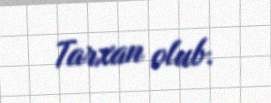
Tarxan olub.